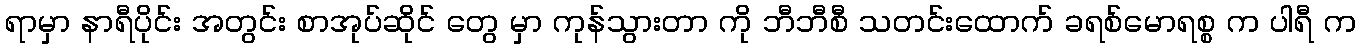
ရာမှာ နာရီပိုင်း အတွင်း စာအုပ်ဆိုင် တွေ မှာ ကုန်သွားတာ ကို ဘီဘီစီ သတင်းထောက် ခရစ်မောရစ္စ က ပါရီ က